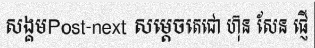
សង្គមPost-next សម្តេចតេជោ ហ៊ុន សែន ផ្ញើ